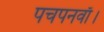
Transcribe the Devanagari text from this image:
पचपनवाँ।